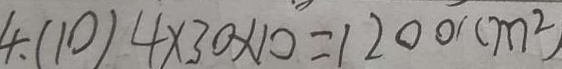
4 . ( 1 0 ) 4 \times 3 0 \times 1 0 = 1 2 0 0 ( c m ^ { 2 } )